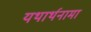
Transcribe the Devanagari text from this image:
यथार्थनामा